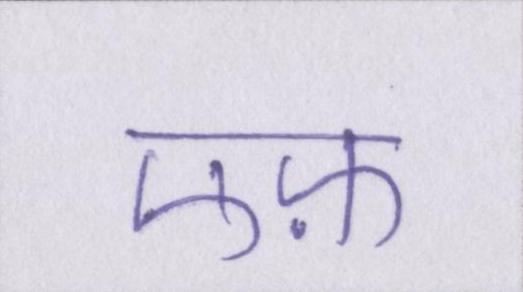
एफ़